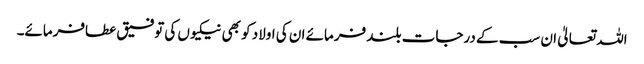
اللہ تعالیٰ ان سب کے درجات بلند فرمائے ان کی اولاد کو بھی نیکیوں کی توفیق عطافرمائے۔